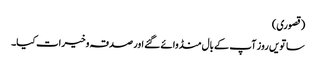
(قصوری)
ساتویں روز آپ کے بال منڈوائے گئے اور صدقہ وخیرات کیا۔